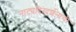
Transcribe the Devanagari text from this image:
नाट्यदिग्दर्शनाची